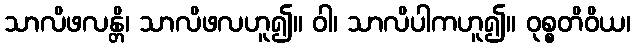
သာလိဖလန္တိ၊ သာလိဖလဟူ၍။ ဝါ၊ သာလိပါကဟူ၍။ ဝုစ္စတိဝိယ၊